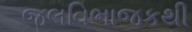
જલવિભાજકથી